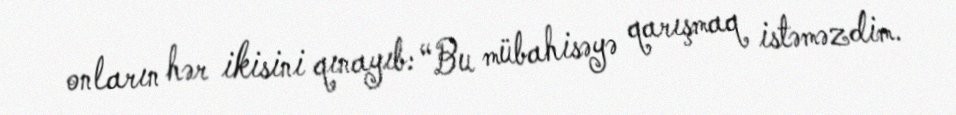
onların hər ikisini qınayıb: “Bu mübahisəyə qarışmaq istəməzdim.